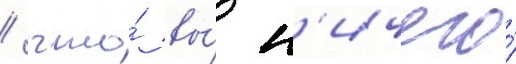
/ что́ вы́ н'ичего́